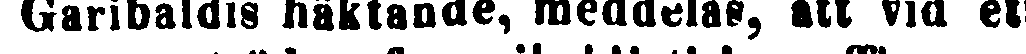
Garibaldis häktande, meddelas, att vid ett